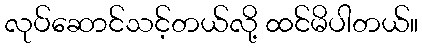
လုပ်ဆောင်သင့်တယ်လို့ ထင်မိပါတယ်။